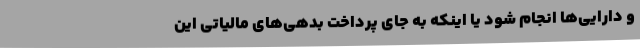
و دارایی‌ها انجام شود یا اینکه به جای پرداخت بدهی‌های مالیاتی این